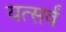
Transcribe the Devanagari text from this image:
यत्सर्वं